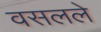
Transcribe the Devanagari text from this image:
वसलले